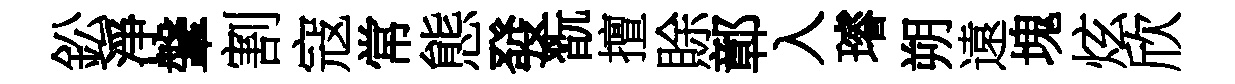
鈆淨鞶割寇常態發翫擅賖鄣入璿朔遠塊炫欣